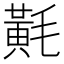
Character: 𪎷